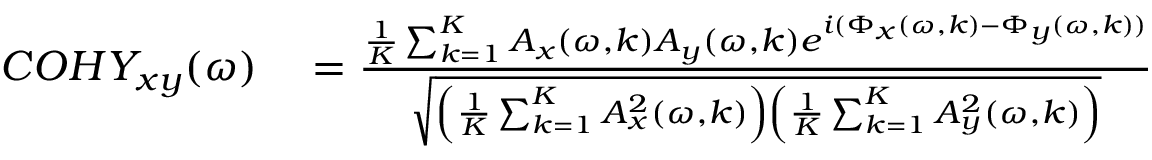
\begin{array} { r l } { C O H Y _ { x y } ( \omega ) } & { { } = \frac { \frac { 1 } { K } \sum _ { k = 1 } ^ { K } A _ { x } ( \omega , k ) A _ { y } ( \omega , k ) e ^ { i ( \Phi _ { x } ( \omega , k ) - \Phi _ { y } ( \omega , k ) ) } } { \sqrt { \left( \frac { 1 } { K } \sum _ { k = 1 } ^ { K } A _ { x } ^ { 2 } ( \omega , k ) \right) \left( \frac { 1 } { K } \sum _ { k = 1 } ^ { K } A _ { y } ^ { 2 } ( \omega , k ) \right) } } } \end{array}